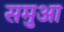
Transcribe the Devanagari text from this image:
समुआ